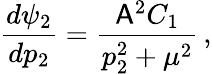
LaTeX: \frac{d\psi_{2}}{dp_{2}}=\frac{\mathsf{A}^{2}C_{1}}{p_{2}^{2}+\mu^{2}}\, ,